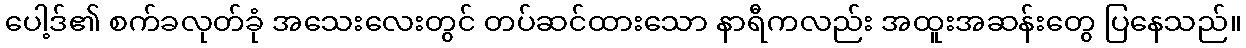
ပေါ့ဒ်၏ စက်ခလုတ်ခုံ အသေးလေးတွင် တပ်ဆင်ထားသော နာရီကလည်း အထူးအဆန်းတွေ ပြနေသည်။